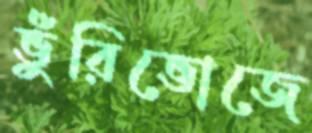
ভুঁরিভোজে